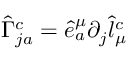
\hat { \Gamma } _ { j a } ^ { c } = \hat { e } _ { a } ^ { \mu } \partial _ { j } \hat { l } _ { \mu } ^ { c }